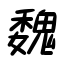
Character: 魏